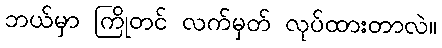
ဘယ်မှာ ကြိုတင် လက်မှတ် လုပ်ထားတာလဲ။